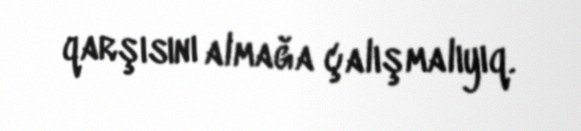
qarşısını almağa çalışmalıyıq.